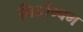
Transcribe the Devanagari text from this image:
निङोम्बम